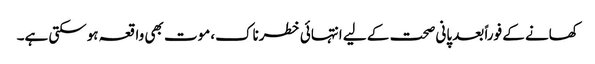
کھانے کے فوراً بعد پانی صحت کے لیے انتہائی خطرناک، موت بھی واقعہ ہوسکتی ہے۔